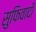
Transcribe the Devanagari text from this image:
सुफिवादी